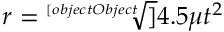
r = { \sqrt [ [object Object] ] { 4 . 5 \mu t ^ { 2 } } }